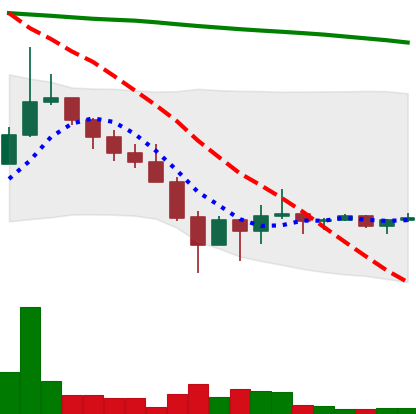
Ticker: DOGE-USD
Chart end date: 2022-02-01
Forward return: 7.81%
Label: up_7plus